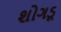
શોગડૂ